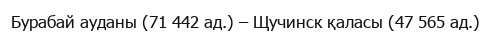
Бурабай ауданы (71 442 ад.) – Щучинск қаласы (47 565 ад.)